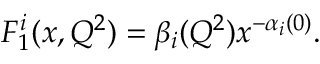
F _ { 1 } ^ { i } ( x , Q ^ { 2 } ) = \beta _ { i } ( Q ^ { 2 } ) x ^ { - \alpha _ { i } ( 0 ) } .